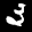
Label: 3